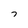
Character: 7